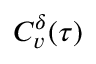
C _ { v } ^ { \delta } ( \tau )